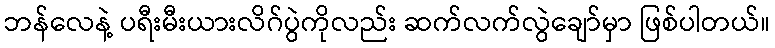
ဘန်လေနဲ့ ပရီးမီးယားလိဂ်ပွဲကိုလည်း ဆက်လက်လွဲချော်မှာ ဖြစ်ပါတယ်။